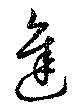
進